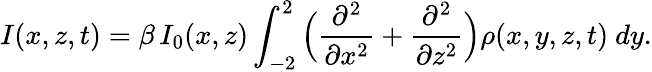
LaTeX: I(x,z,t)=\beta\, I_{0}(x,z)\int_{-2}^{2}\Big(\frac{\partial^{2}}{\partial x^{2}}+\frac{\partial^{2}}{\partial z^{2}}\Big)\rho(x,y,z,t)\ dy.